Indian journal of veterinary science and animal husbandry - Volumes 15-17, 1948-1951
Year: 1948
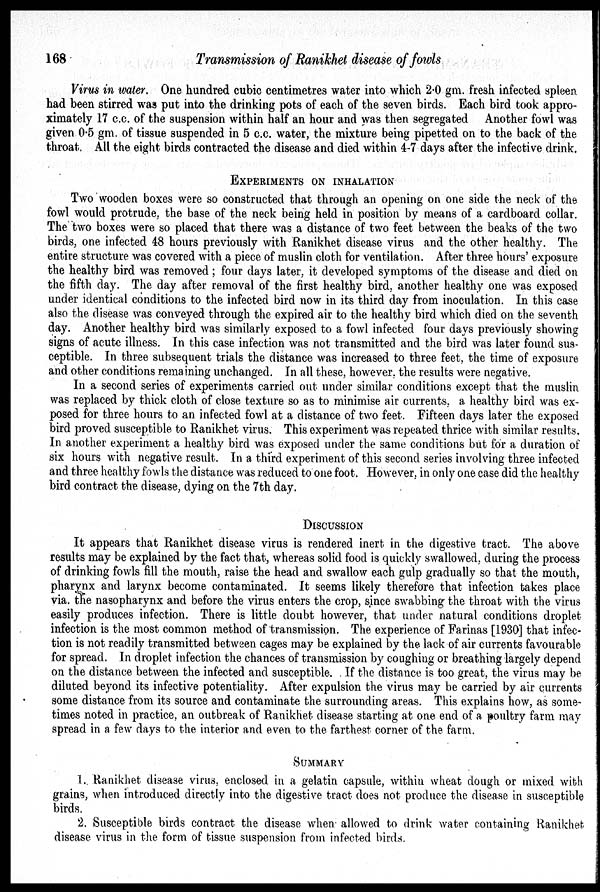
168
Transmission of Ranikhet disease of fowls
Virus in water. One hundred cubic centimetres water into which 2.0 gm. fresh infected spleen
had been stirred was put into the drinking pots of each of the seven birds. Each bird took appro-
ximately 17 c.c. of the suspension within half an hour and was then segregated Another fowl was
given 0.5 gm. of tissue suspended in 5 c.c. water, the mixture being pipetted on to the back of the
throat. All the eight birds contracted the disease and died within 4-7 days after the infective drink.
EXPERIMENTS ON INHALATION
Two wooden boxes were so constructed that through an opening on one side the neck of the
fowl would protrude, the base of the neck being held in position by means of a cardboard collar.
The two boxes were so placed that there was a distance of two feet between the beaks of the two
birds, one infected 48 hours previously with Ranikhet disease virus and the other healthy. The
entire structure was covered with a piece of muslin cloth for ventilation. After three hours' exposure
the healthy bird was removed; four days later, it developed symptoms of the disease and died on
the fifth day. The day after removal of the first healthy bird, another healthy one was exposed
under identical conditions to the infected bird now in its third day from inoculation. In this case
also the disease was conveyed through the expired air to the healthy bird which died on the seventh
day. Another healthy bird was similarly exposed to a fowl infected four days previously showing
signs of acute illness. In this case infection was not transmitted and the bird was later found sus-
ceptible. In three subsequent trials the distance was increased to three feet, the time of exposure
and other conditions remaining unchanged. In all these, however, the results were negative.
In a second series of experiments carried out under similar conditions except that the muslin
was replaced by thick cloth of close texture so as to minimise air currents, a healthy bird was ex-
posed for three hours to an infected fowl at a distance of two feet. Fifteen days later the exposed
bird proved susceptible to Ranikhet virus. This experiment was repeated thrice with similar results.
In another experiment a healthy bird was exposed under the same conditions but for a duration of
six hours with negative result. In a third experiment of this second series involving three infected
and three healthy fowls the distance was reduced to one foot. However, in only one case did the healthy
bird contract the disease, dying on the 7th day.
DISCUSSION
It appears that Ranikhet disease virus is rendered inert in the digestive tract. The above
results may be explained by the fact that, whereas solid food is quickly swallowed, during the process
of drinking fowls fill the mouth, raise the head and swallow each gulp gradually so that the mouth,
pharynx and larynx become contaminated. It seems likely therefore that infection takes place
via. the nasopharynx and before the virus enters the crop, since swabbing the throat with the virus
easily produces infection. There is little doubt however, that under natural conditions droplet
infection is the most common method of transmission. The experience of Farinas [1930] that infec-
tion is not readily transmitted between cages may be explained by the lack of air currents favourable
for spread. In droplet infection the chances of transmission by coughing or breathing largely depend
on the distance between the infected and susceptible. If the distance is too great, the virus may be
diluted beyond its infective potentiality. After expulsion the virus may be carried by air currents
some distance from its source and contaminate the surrounding areas. This explains how, as some-
times noted in practice, an outbreak of Ranikhet disease starting at one end of a poultry farm may
spread in a few days to the interior and even to the farthest corner of the farm.
SUMMARY
1. Ranikhet disease virus, enclosed in a gelatin capsule, within wheat dough or mixed with
grains, when introduced directly into the digestive tract does not produce the disease in susceptible
birds.
2. Susceptible birds contract the disease when allowed to drink water containing Ranikhet
disease virus in the form of tissue suspension from infected birds.